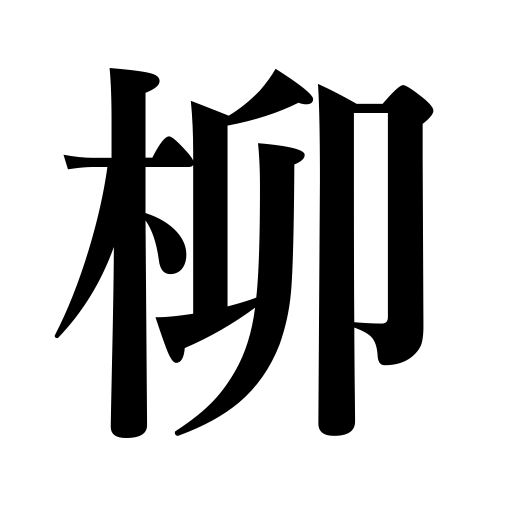
Meanings: willow